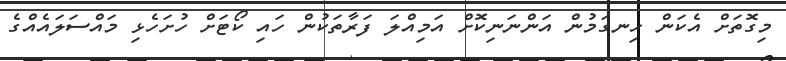
މިގޮތަށް އެކަން ހިނގަމުން އަންނަނިކޮށް އަމިއްލަ ފަރާތަކުން ހައި ކޯޓަށް ހުށަހެޅި މައްސަލައެއްގެ